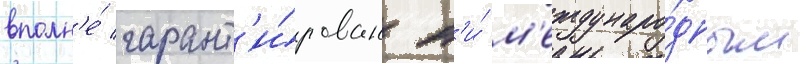
вполн'е́ гарант'и́рован н'и́ м'еждунаро́дным